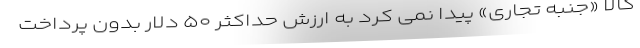
کالا «جنبه تجاری» پیدا نمی کرد به ارزش حداکثر ۵۰ دلار بدون پرداخت